Report on the cultivation and use of ganja
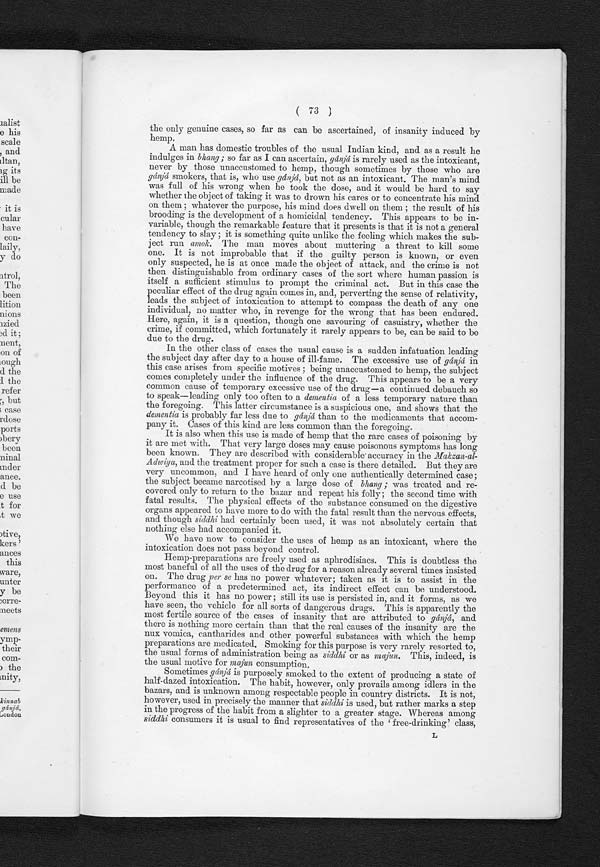
the only genuine cases, so far as can be ascertained, of insanity induced by
hemp.
A man has domestic troubles of the usual Indian kind, and as a result he
indulges in bhang ; so far as I can ascertain, gánjá is rarely used as the intoxicant,
never by those unaccustomed to hemp, though sometimes by those who are
g á i n j á
s m o k e r s t h a t i s w h o u s e
g á n j á
b u t n o t a s a n i n t o x i c a n t . T h e m a n ' s m i n d
was full of his wrong when he took the dose, and it would be hard to say
whether the object of taking it was to drown his cares or to concentrate his mind
on them ; whatever the purpose, his mind does dwell on them ; the result of his
brooding is the development of a homicidal tendency. This appears to be in-
variable, though the remarkable feature that it presents is that it is not a general
tendency to slay ; it is something quite unlike the feeling which makes the sub-
ject run amok. The man moves about muttering a threat to kill some
one. It is not improbable that if the guilty person is known, or even
only suspected, he is at once made the object of attack, and the crime is not
then distinguishable from ordinary cases of the sort where human passion is
itself a sufficient stimulus to prompt the criminal act. But in this case the
peculiar effect of the drug again comes in, and, perverting the sense of relativity,
leads the subject of intoxication to attempt to compass the death of any one
individual, no matter who, in revenge for the wrong that has been endured.
Here, again, it is a question, though one savouring of casuistry, whether the
crime, if committed, which fortunately it rarely appears to be, can be said to be
due to the drug.
In the other class of cases the usual cause is a sudden infatuation leading
the subject day after day to a house of ill-fame. The excessive use of gánjá in
this case arises from specific motives ; being unaccustomed to hemp, the subject
comes completely under the influence of the drug. This appears to be a very
common cause of temporary excessive use of the drug—a continued debauch so
to speak—leading only too often to a dementia of a less temporary nature than
the foregoing. This latter circumstance is a suspicious one, and shows that the
dementia is probably far less due to gánjá than to the medicaments that accom-
pany it. Cases of this kind are less common than the foregoing.
It is also when this use is made of hemp that the rare cases of poisoning by
it are met with. That very large doses may cause poisonous symptoms has long
been known. They are described with considerable accuracy in the Makzan-al-
Adwiya, and the treatment proper for such a case is there detailed. But they are
very uncommon, and I have heard of only one authentically determined case;
the subject became narcotised by a large dose of bhang ; was treated and re-
covered only to return to the bazar and repeat his folly ; the second time with
fatal results. The physical effects of the substance consumed on the digestive
organs appeared to have more to do with the fatal result than the nervous effects,
and though siddhi had certainly been used, it was not absolutely certain that
nothing else had accompanied it.
We have now to consider the uses of hemp as an intoxicant, where the
intoxication does not pass beyond control.
Hemp-preparations are freely used as aphrodisiacs. This is doubtless the
most baneful of all the uses of the drug for a reason already several times insisted
on. The drug per se has no power whatever; taken as it is to assist in the
performance of a predetermined act, its indirect effect can be understood.
Beyond this it has no power ; still its use is persisted in, and it forms, as we
have seen, the vehicle for all sorts of dangerous drugs. This is apparently the
most fertile source of the cases of insanity that are attributed to gánjá, and
there is nothing more certain than that the real causes of the insanity are the
nux vomica, cantharides and other powerful substances with which the hemp
preparations are medicated. Smoking for this purpose is very rarely resorted to,
the usual forms of administration being as siddhi or as majun. This, indeed, is
the usual motive for majun consumption.
Sometimes gánjá is purposely smoked to the extent of producing a state of
h a l f - d a z e d i n t o x i c a t i o n . T h e h o w e v e r , o n l y p r e v a i l s a m o n g i d l e r s i n t h e
bazars, and is unknown among respectable people in country districts. It is not,
however, used in precisely the manner that siddhi is used, but rather marks a step
in the progress of the habit from a slighter to a greater stage. Whereas among
siddhi consumers it is usual to find representatives of the ‘free-drinking' class,